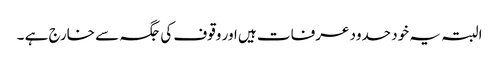
البتہ یہ خود حدود عرفات ہیں اور وقوف کی جگہ سے خارج ہے ۔